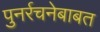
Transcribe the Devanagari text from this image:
पुनर्रचनेबाबत